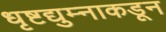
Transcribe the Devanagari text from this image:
धृष्टद्युम्नाकडून